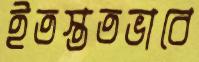
ইতস্ততভাবে